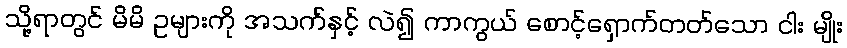
သို့ရာတွင် မိမိ ဥများကို အသက်နှင့် လဲ၍ ကာကွယ် စောင့်ရှောက်တတ်သော ငါး မျိုး